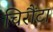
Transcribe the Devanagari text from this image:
चिरौंटा